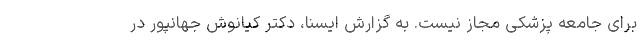
برای جامعه پزشکی مجاز نیست. به گزارش ایسنا، دکتر کیانوش جهانپور در